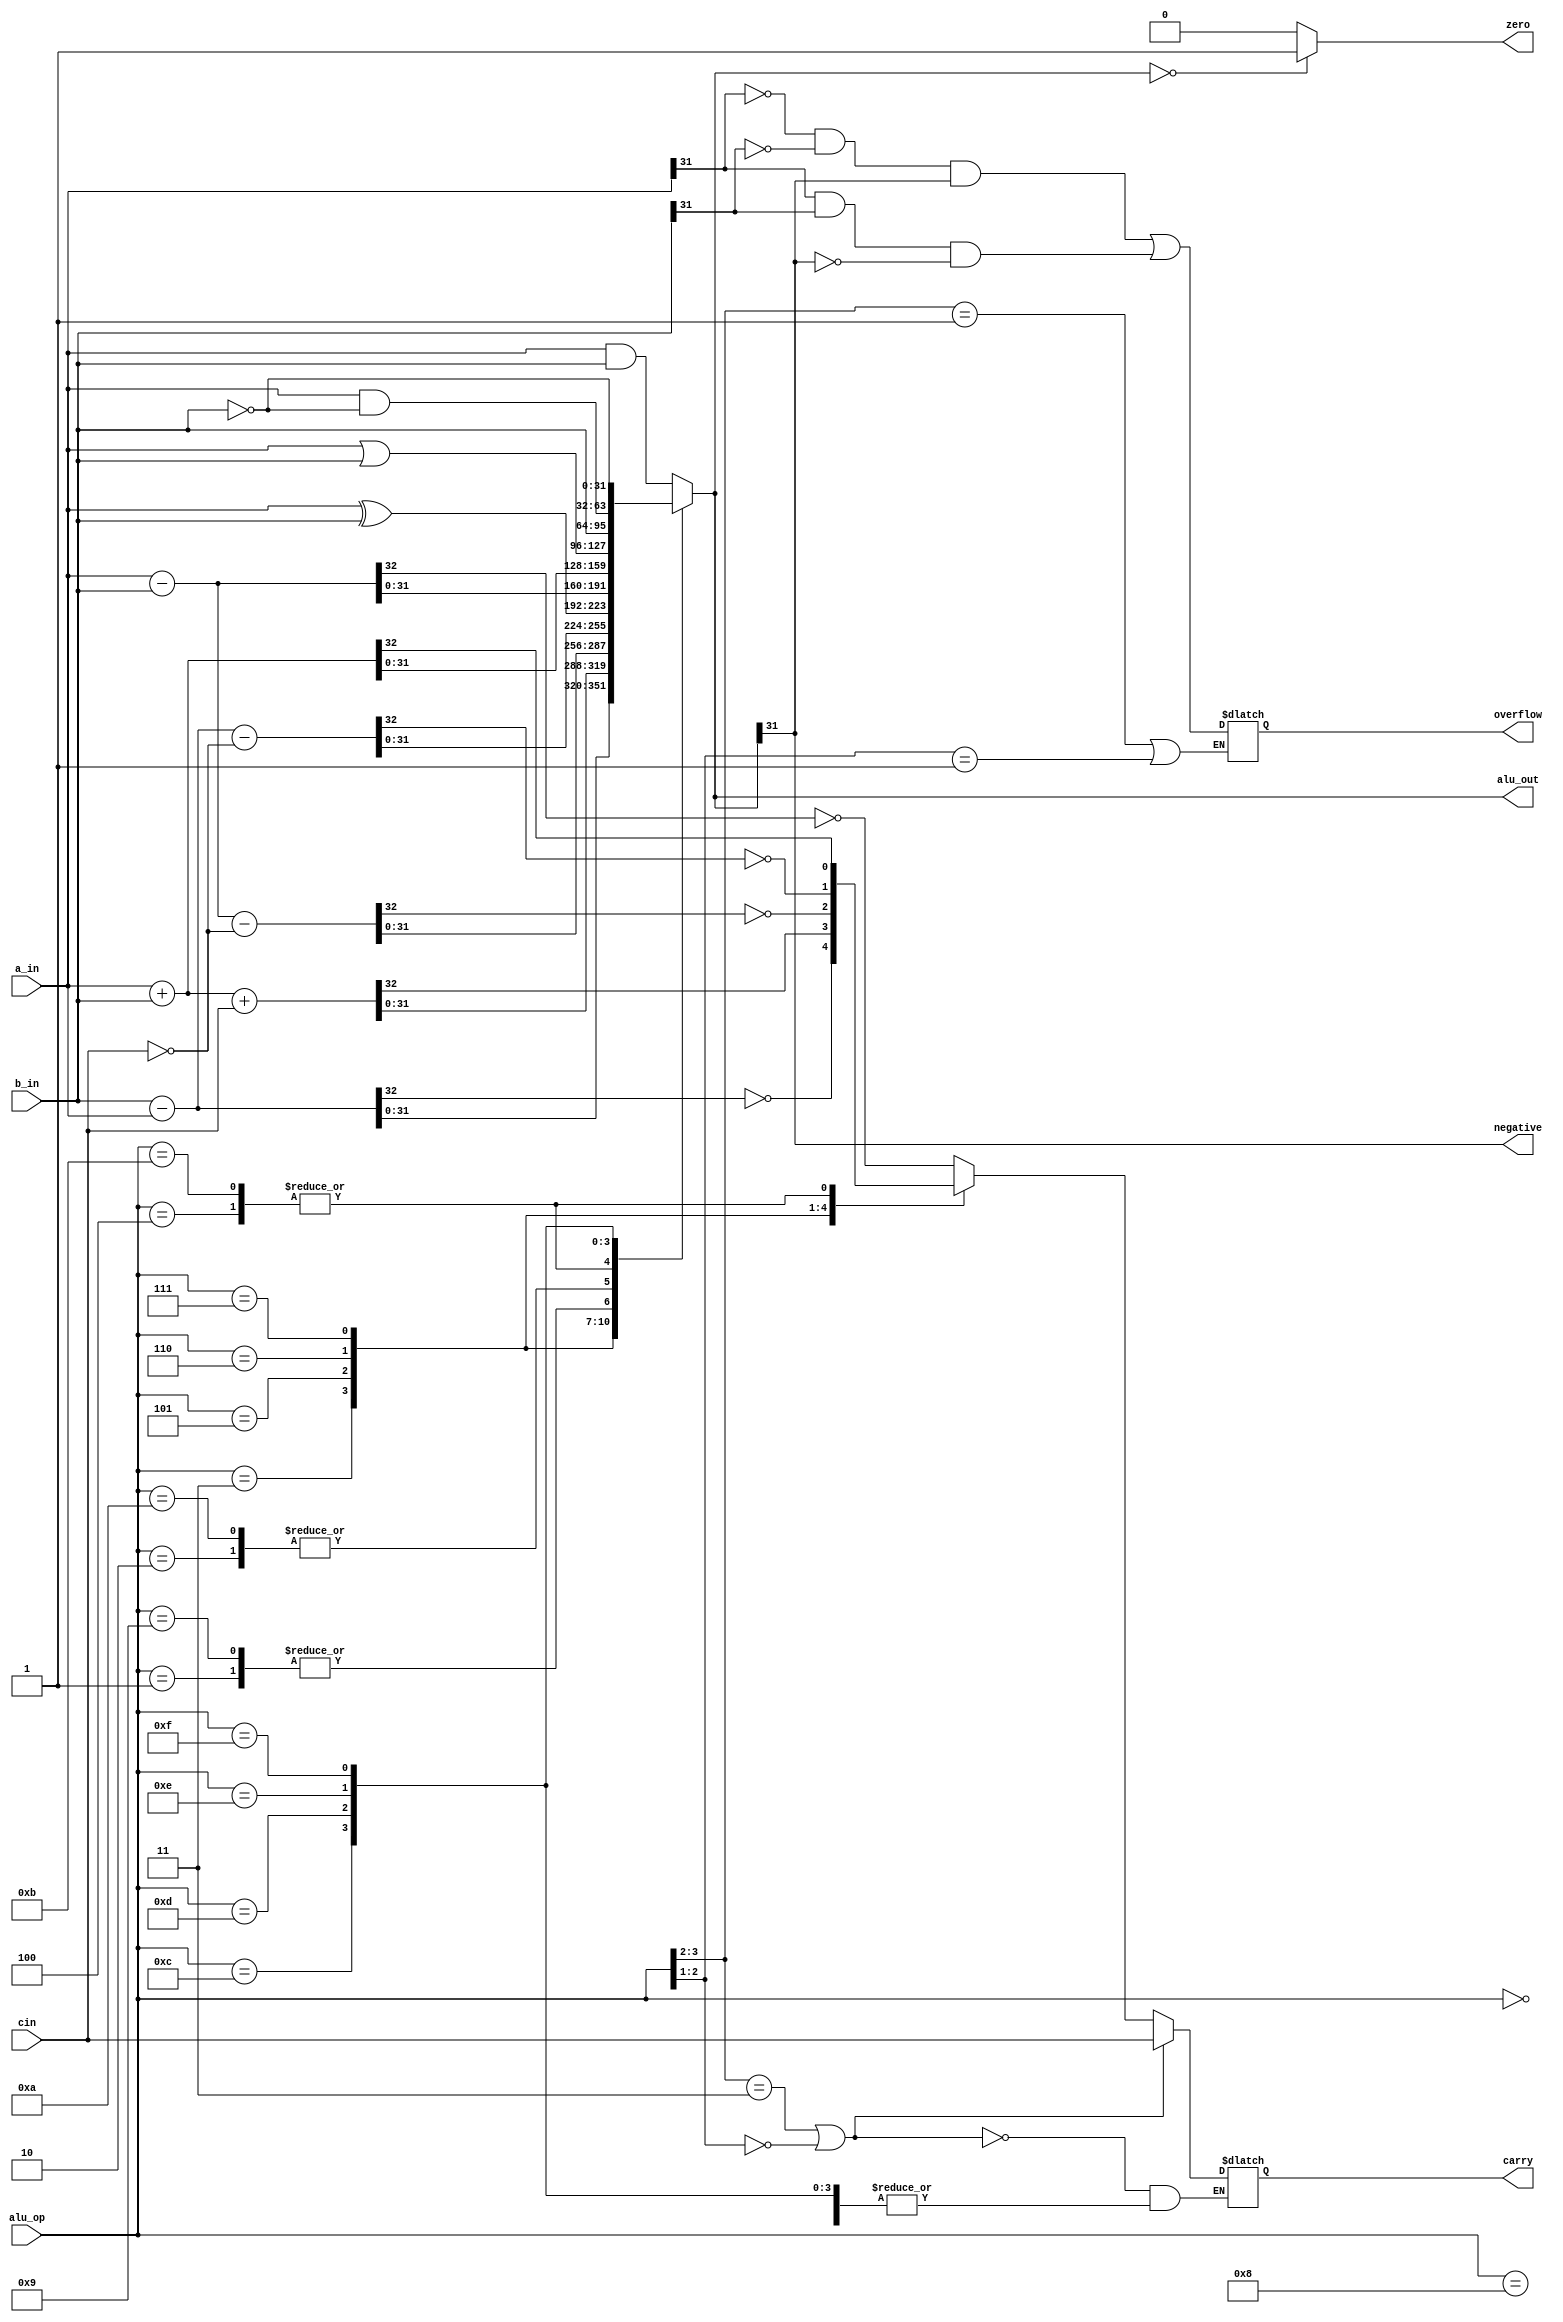
`timescale 1ns / 1ps
//////////////////////////////////////////////////////////////////////////////////
// Company: 
// Engineer: 
// 
// Design Name: 
// Module Name: alu
// Project Name: 
// Target Devices: 
// Tool Versions: 
// Description: 
// 
// Dependencies: 
// 
// Revision:
// Revision 0.01 - File Created
// Additional Comments:
// 
//////////////////////////////////////////////////////////////////////////////////


module alu
#(parameter DATA_WIDTH = 32)
(
	input  [(DATA_WIDTH -1):0] a_in, b_in,
	input  [3:0] alu_op,
	input cin,
	output reg   negative , zero , carry , overflow,
	output reg [(DATA_WIDTH -1):0] alu_out
);
	
	always@(*)
	begin
		case(alu_op)
			4'b0000://and
				alu_out = a_in & b_in;
			4'b0001://eor
				alu_out = a_in ^ b_in;
			4'b0010://sub
			begin
				{carry , alu_out} = a_in - b_in;
				carry = ~carry;
			end
			4'b0011://rsb
			begin
				{carry , alu_out} = b_in - a_in;
				carry = ~carry;
			end
			4'b0100://add
				{carry , alu_out} = a_in + b_in;
			4'b0101://adc
				{carry , alu_out} = a_in + b_in + cin;
			4'b0110://sbc
			begin
				{carry , alu_out} = a_in - b_in - (~cin);
				carry = ~carry;
			end
			4'b0111://rsc
			begin
				{carry , alu_out} = b_in - a_in - (~cin);
				carry = ~carry;
			end
			4'b1000://tst
				alu_out = a_in & b_in;
			4'b1001://teq
				alu_out = a_in ^ b_in;
			4'b1010://cmp
			begin
				{carry , alu_out} = a_in - b_in;
				carry = ~carry;
			end
			4'b1011://cmn
				{carry , alu_out} = a_in + b_in;
			4'b1100://orr
				alu_out = a_in | b_in;
			4'b1101://mov
				alu_out = b_in;
			4'b1110://bic
				alu_out = a_in & (~b_in);
			4'b1111://mvn
				alu_out = ~(b_in);
		endcase

		zero = (alu_out == 0)? 1 : 0;
		negative = alu_out[31];
		if((alu_op[3:2] == 1) || (alu_op[2:1] == 1))
			overflow = ((~a_in[31])&(~b_in[31])&(alu_out[31]) | (a_in[31]&b_in[31]&(~alu_out[31])));
		if((alu_op[3:2] == 3) || (alu_op[2:1] == 0))
			carry = cin;
	end	
endmodule